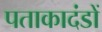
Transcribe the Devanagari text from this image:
पताकादंडों